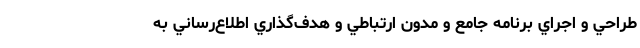
طراحي و اجراي برنامه جامع و مدون ارتباطي و هدف‌گذاري اطلاع‌رساني به